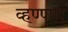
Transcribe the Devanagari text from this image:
व्हण्णार